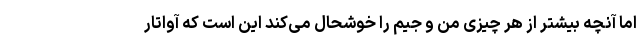
اما آنچه بیشتر از هر چیزی من و جیم را خوشحال می‌کند این است که آواتار